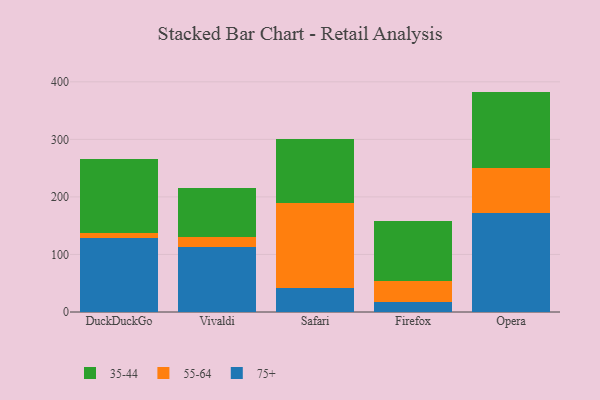
{"axis": {"x": "Browser", "y": "Backlog"}, "legend": ["35-44", "55-64", "75+"], "data": [{"x": "DuckDuckGo", "y": 128.9, "type": "75+"}, {"x": "DuckDuckGo", "y": 8.1, "type": "55-64"}, {"x": "DuckDuckGo", "y": 128.1, "type": "35-44"}, {"x": "Vivaldi", "y": 113.7, "type": "75+"}, {"x": "Vivaldi", "y": 16.7, "type": "55-64"}, {"x": "Vivaldi", "y": 84.4, "type": "35-44"}, {"x": "Safari", "y": 41.5, "type": "75+"}, {"x": "Safari", "y": 148.7, "type": "55-64"}, {"x": "Safari", "y": 109.9, "type": "35-44"}, {"x": "Firefox", "y": 18.2, "type": "75+"}, {"x": "Firefox", "y": 35.8, "type": "55-64"}, {"x": "Firefox", "y": 104.2, "type": "35-44"}, {"x": "Opera", "y": 172.8, "type": "75+"}, {"x": "Opera", "y": 77.0, "type": "55-64"}, {"x": "Opera", "y": 133.2, "type": "35-44"}]}